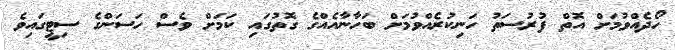
ހޯދެއްވުމަށް އޮތް ފުރުސަތު ހަނިކުރެއްވުމަށް ބަހާނާއެއްްގެ ގޮތުގައި ކަމަށް ވެސް ހަސަންގެ ސިޓީގައިވެ